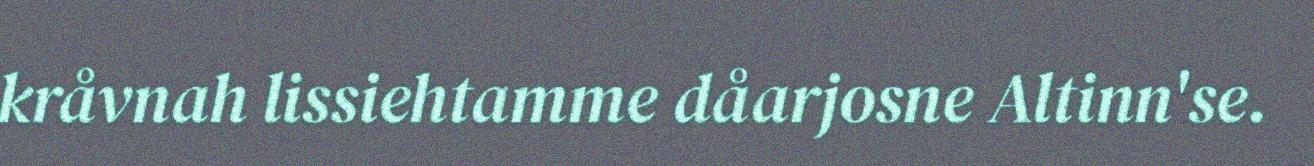
kråvnah lissiehtamme dåarjosne Altinn'se.